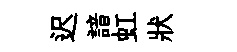
迟諳虹狀